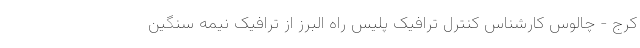
کرج - چالوس کارشناس کنترل ترافیک پلیس راه البرز از ترافیک نیمه سنگین